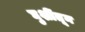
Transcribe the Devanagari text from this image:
घुशींतून